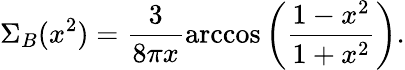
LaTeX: \Sigma_{B}(x^{2})=\frac{3}{8\pi x}\operatorname{arccos}\left(\frac{1-x^{2}}{1+x^{2}}\right).